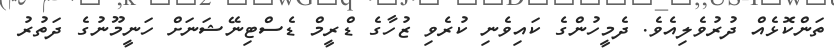
ތަންކޮޅެއް ދުރުވެލިއެވެ. ދެމީހުންގެ ކައިވެނި ކުރެވި ޒުހާގެ ޑްރީމް ޑެސްޓިނޭޝަނަށް ހަނީމޫނުގެ ދަތުރު